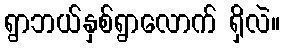
ရွာဘယ်နှစ်ရွာလောက် ရှိလဲ။